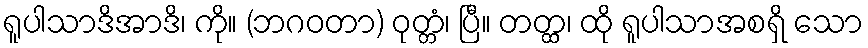
ရူပါသာဒိအာဒိ၊ ကို။ (ဘဂဝတာ) ဝုတ္တံ၊ ပြီ။ တတ္ထ၊ ထို ရူပါသာအစရှိ သော